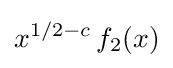
x^{1/2-c}\,f_{2}(x)